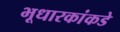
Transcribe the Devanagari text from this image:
भूधारकांकडे